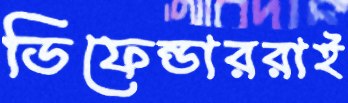
ডিফেন্ডাররাই